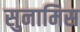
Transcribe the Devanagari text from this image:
सुनामिस